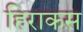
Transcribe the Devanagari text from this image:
हिराकस